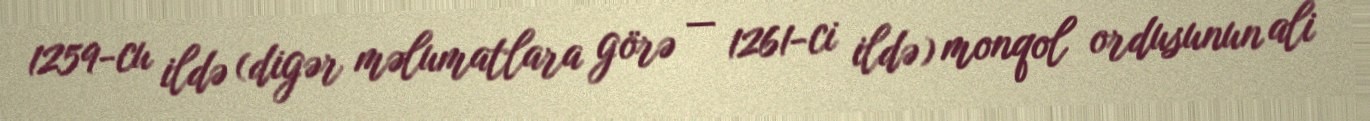
1259-cu ildə (digər məlumatlara görə — 1261-ci ildə) monqol ordusunun ali